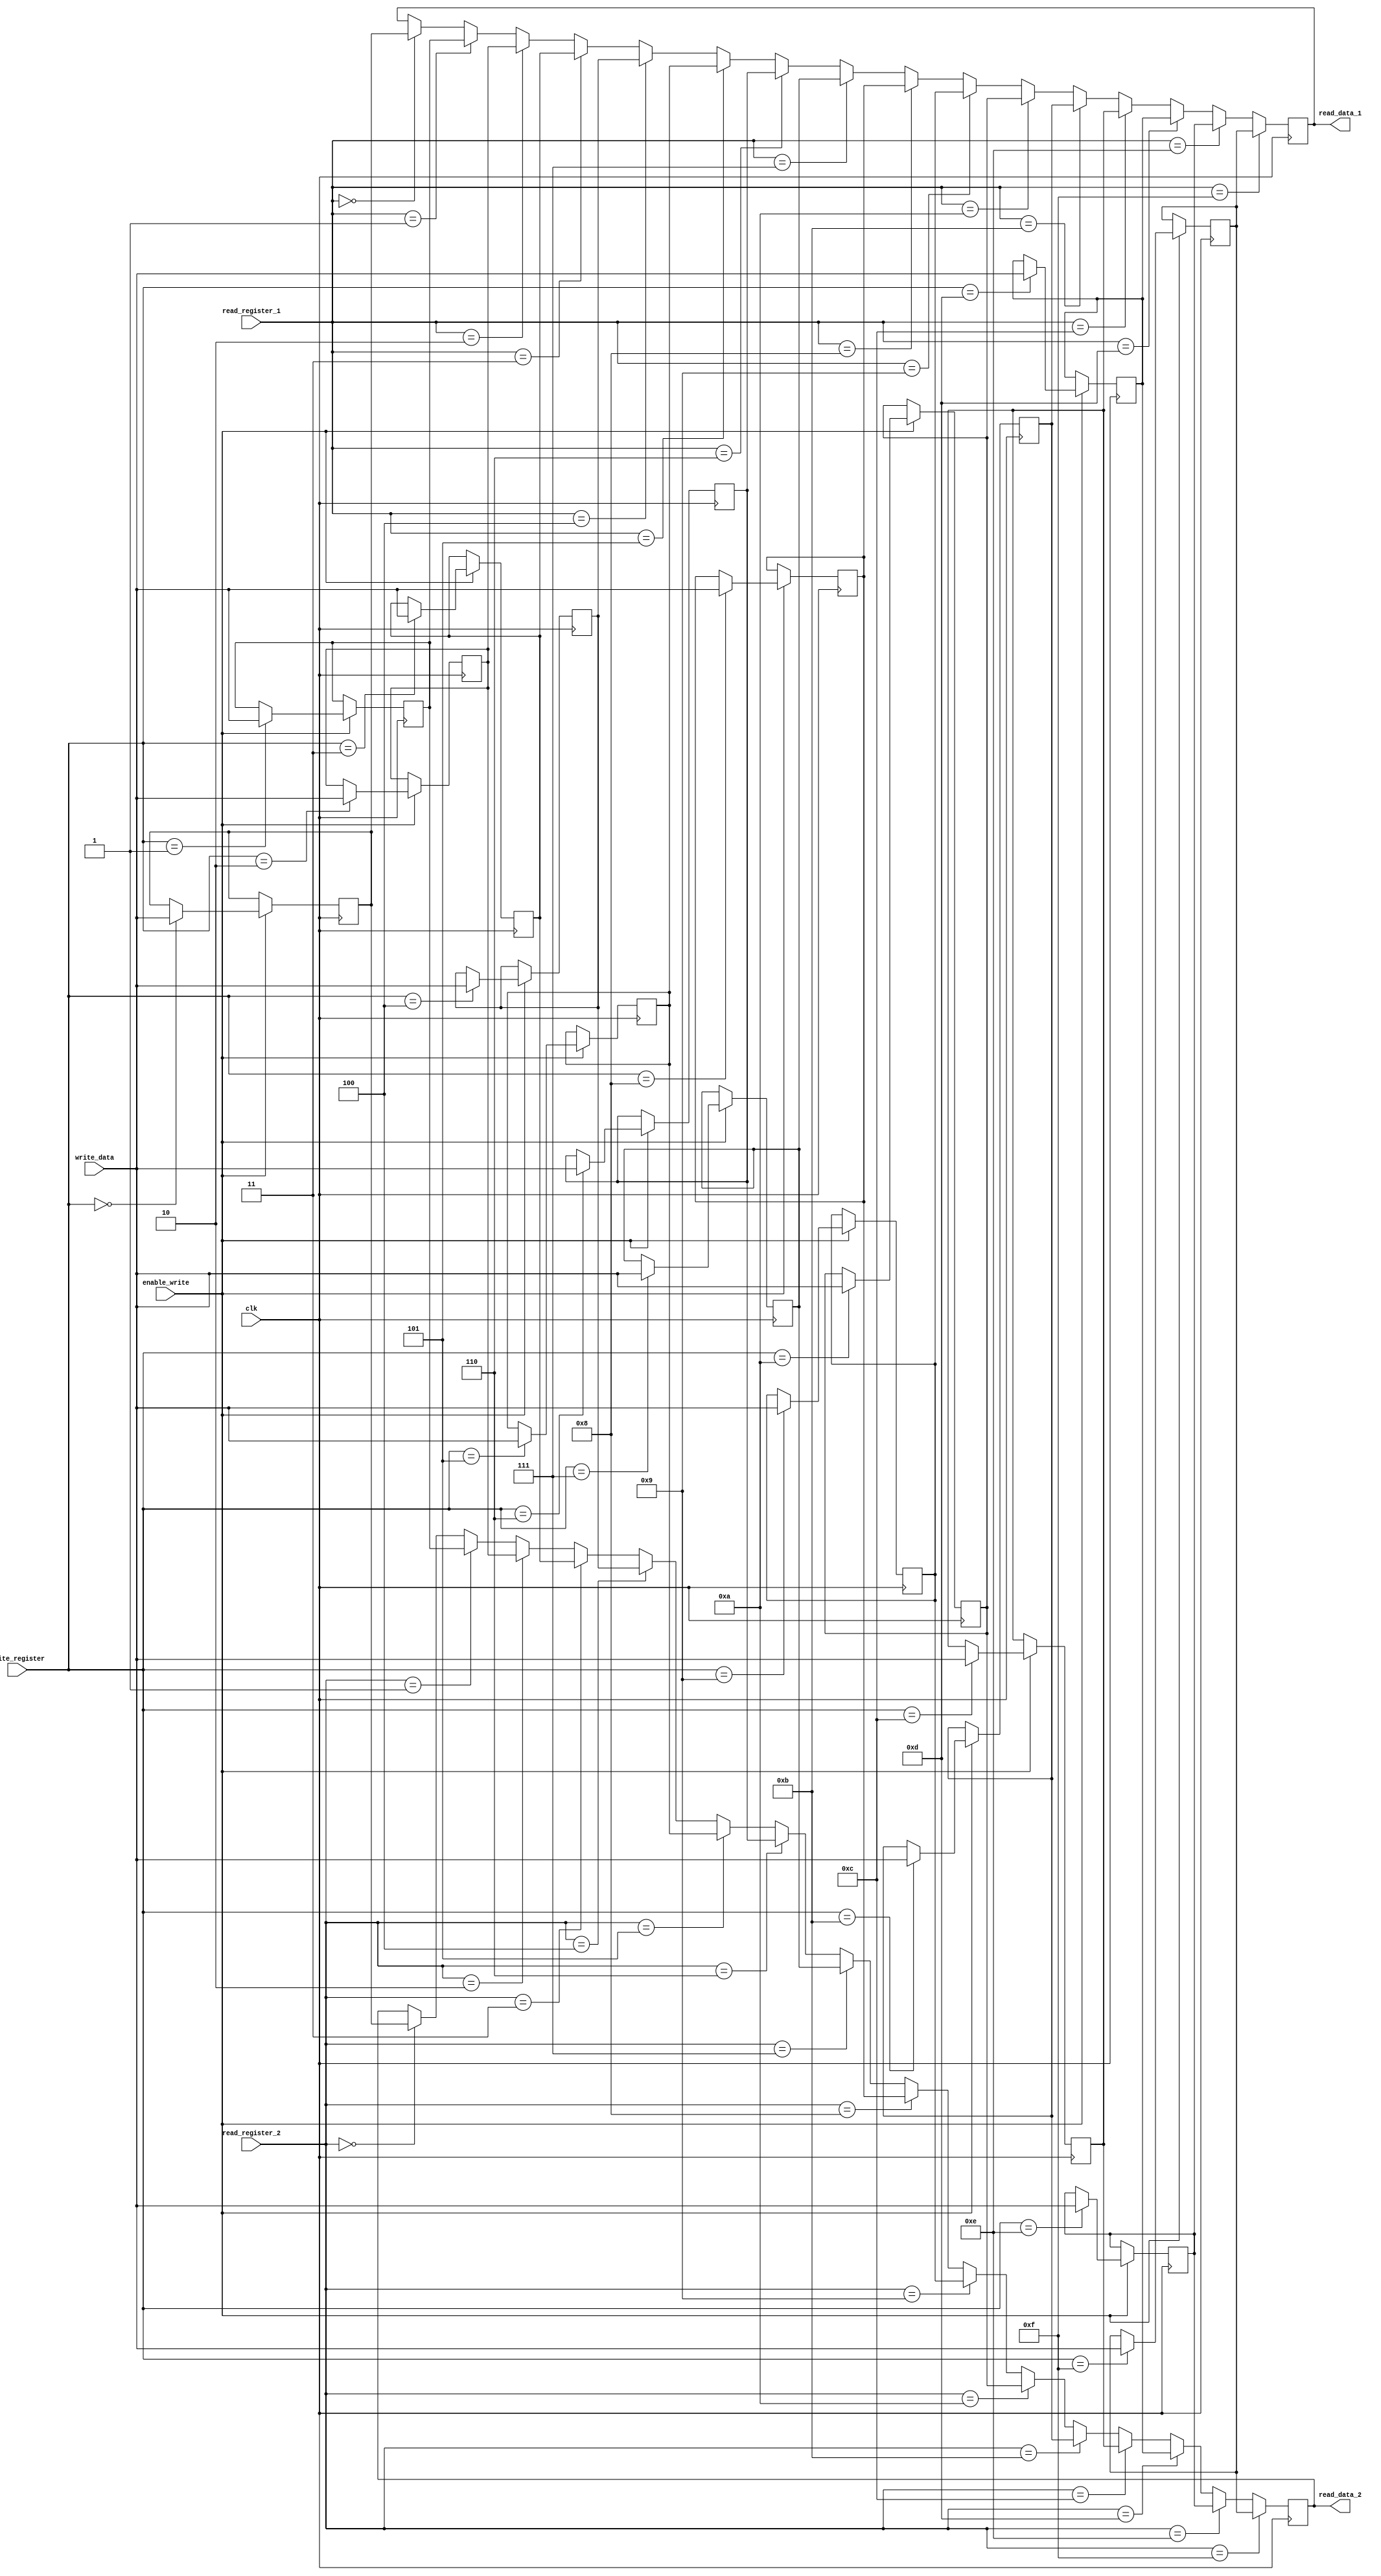
// Solucao do exercicio 7. Banco de registradores de 16 bits.

`timescale 10ps / 1ps
module exercise7 (
  output reg[15:0] read_data_1, // Dados do primeiro registrador.
  output reg[15:0] read_data_2, // Dados do segundo registrador.
  input[15:0] write_data,       // Dados de escrita.
  input[3:0] read_register_1,   // Endereco do primeiro registrador.
  input[3:0] read_register_2,   // Endereco do segundo registrador.
  input[3:0] write_register,    // Endereco de escrita.
  input enable_write,	        // Habilita a escrita em posedge.
  input clk		                 // Clock.
);
  integer i;
  reg[15:0] registers[31:0];

  // Escrita.
  always @ (negedge clk) begin
    if (enable_write) begin
      for (i = 0; i < 32; i = i + 1) begin
        if (write_register == i) begin
          registers[i] = write_data;
        end
      end
    end
  end

  // Leitura.
  always @ (posedge clk) begin
    for (i = 0; i < 32; i = i + 1) begin
      if (read_register_1 == i) begin
        read_data_1 = registers[i];
      end 
      if (read_register_2 == i) begin
        read_data_2 = registers[i];
      end
    end
  end
endmodule

module exercise7tb ();
  wire[15:0] read_data_1;
  wire[15:0] read_data_2;
  reg [15:0] write_data;
  reg [3:0] read_register_1;
  reg [3:0] read_register_2;
  reg [3:0] write_register;
  reg enable_write;
  reg clk;

  exercise7 e7 (
    .read_data_1(read_data_1),
    .read_data_2(read_data_2),
    .write_data(write_data),
    .read_register_1(read_register_1),
    .read_register_2(read_register_2),
    .write_register(write_register),
    .enable_write(enable_write),
    .clk(clk)
  );

  initial begin
    write_data = 0;
    read_register_1 = 0;
    read_register_2 = 0;
    write_register = 0;
    enable_write = 0;
    clk = 0;

    #5 enable_write = 1;
    write_register = 7;
    write_data = 101;

    #10 enable_write = 1;
    write_register = 9;
    write_data = 534;

    #10 enable_write = 0;
    read_register_1 = 7;
    read_register_2= 9;

    #100 $finish;
  end

  always
    #5 clk = ~clk;

endmodule